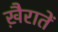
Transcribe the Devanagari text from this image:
ख़ैरातें